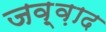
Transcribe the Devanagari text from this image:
जव़्व़ाद